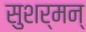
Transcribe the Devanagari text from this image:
सुशर्मन्